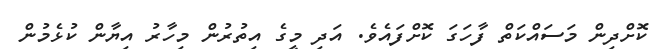
ކޮށްދިން މަސައްކަތް ފާހަގަ ކޮށްފައެވެ. އަދި މީގެ އިތުރުން މިހާރު އިޔާން ކުޅެމުން